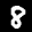
Label: 8